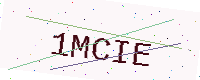
Text: 1MCIE